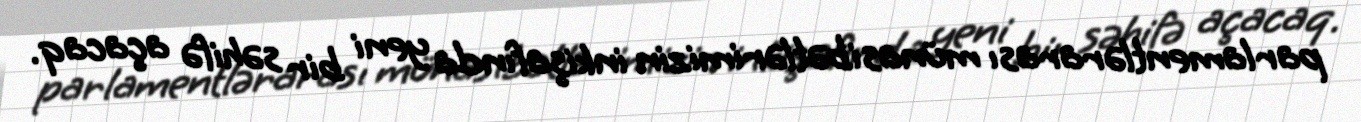
parlamentlərarası münasibətlərimizin inkişafında yeni bir səhifə açacaq.